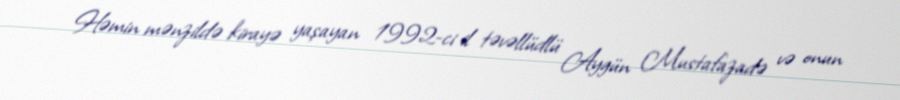
Həmin mənzildə kirayə yaşayan 1992-ci il təvəllüdlü Aygün Mustafazadə və onun